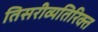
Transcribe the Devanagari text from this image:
तिसरीव्यतिरिक्त